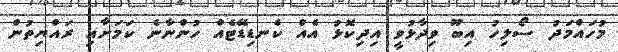
މުހައްމަދު ސޯލިހު އިބޫ ވިދާޅުވީ އިދިކޮޅު އެއް ކެނޑިޑޭޓެއް ހުންނާނެ ކަމަށާއި ރައްޔިތުން